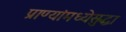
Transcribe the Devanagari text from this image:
प्राण्यांमध्येसुद्धा